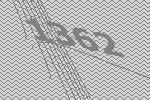
1362